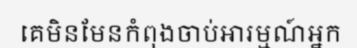
គេមិនមែនកំពុងចាប់អារម្មណ៍អ្នក